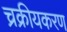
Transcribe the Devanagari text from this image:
च्रक्रीयकरण